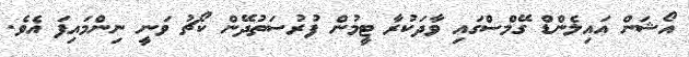
އޯޝަން އައިލެންޑް ގޭމްސްގައި ވާދަކުރާ ޓީމުން ފުރުސަތުދޭން ކޯޗު ވަނީ ނިންމައިފަ އެވެ.